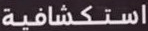
استكشافية